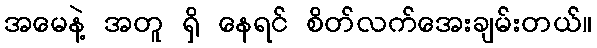
အမေနဲ့ အတူ ရှိ နေရင် စိတ်လက်အေးချမ်းတယ်။